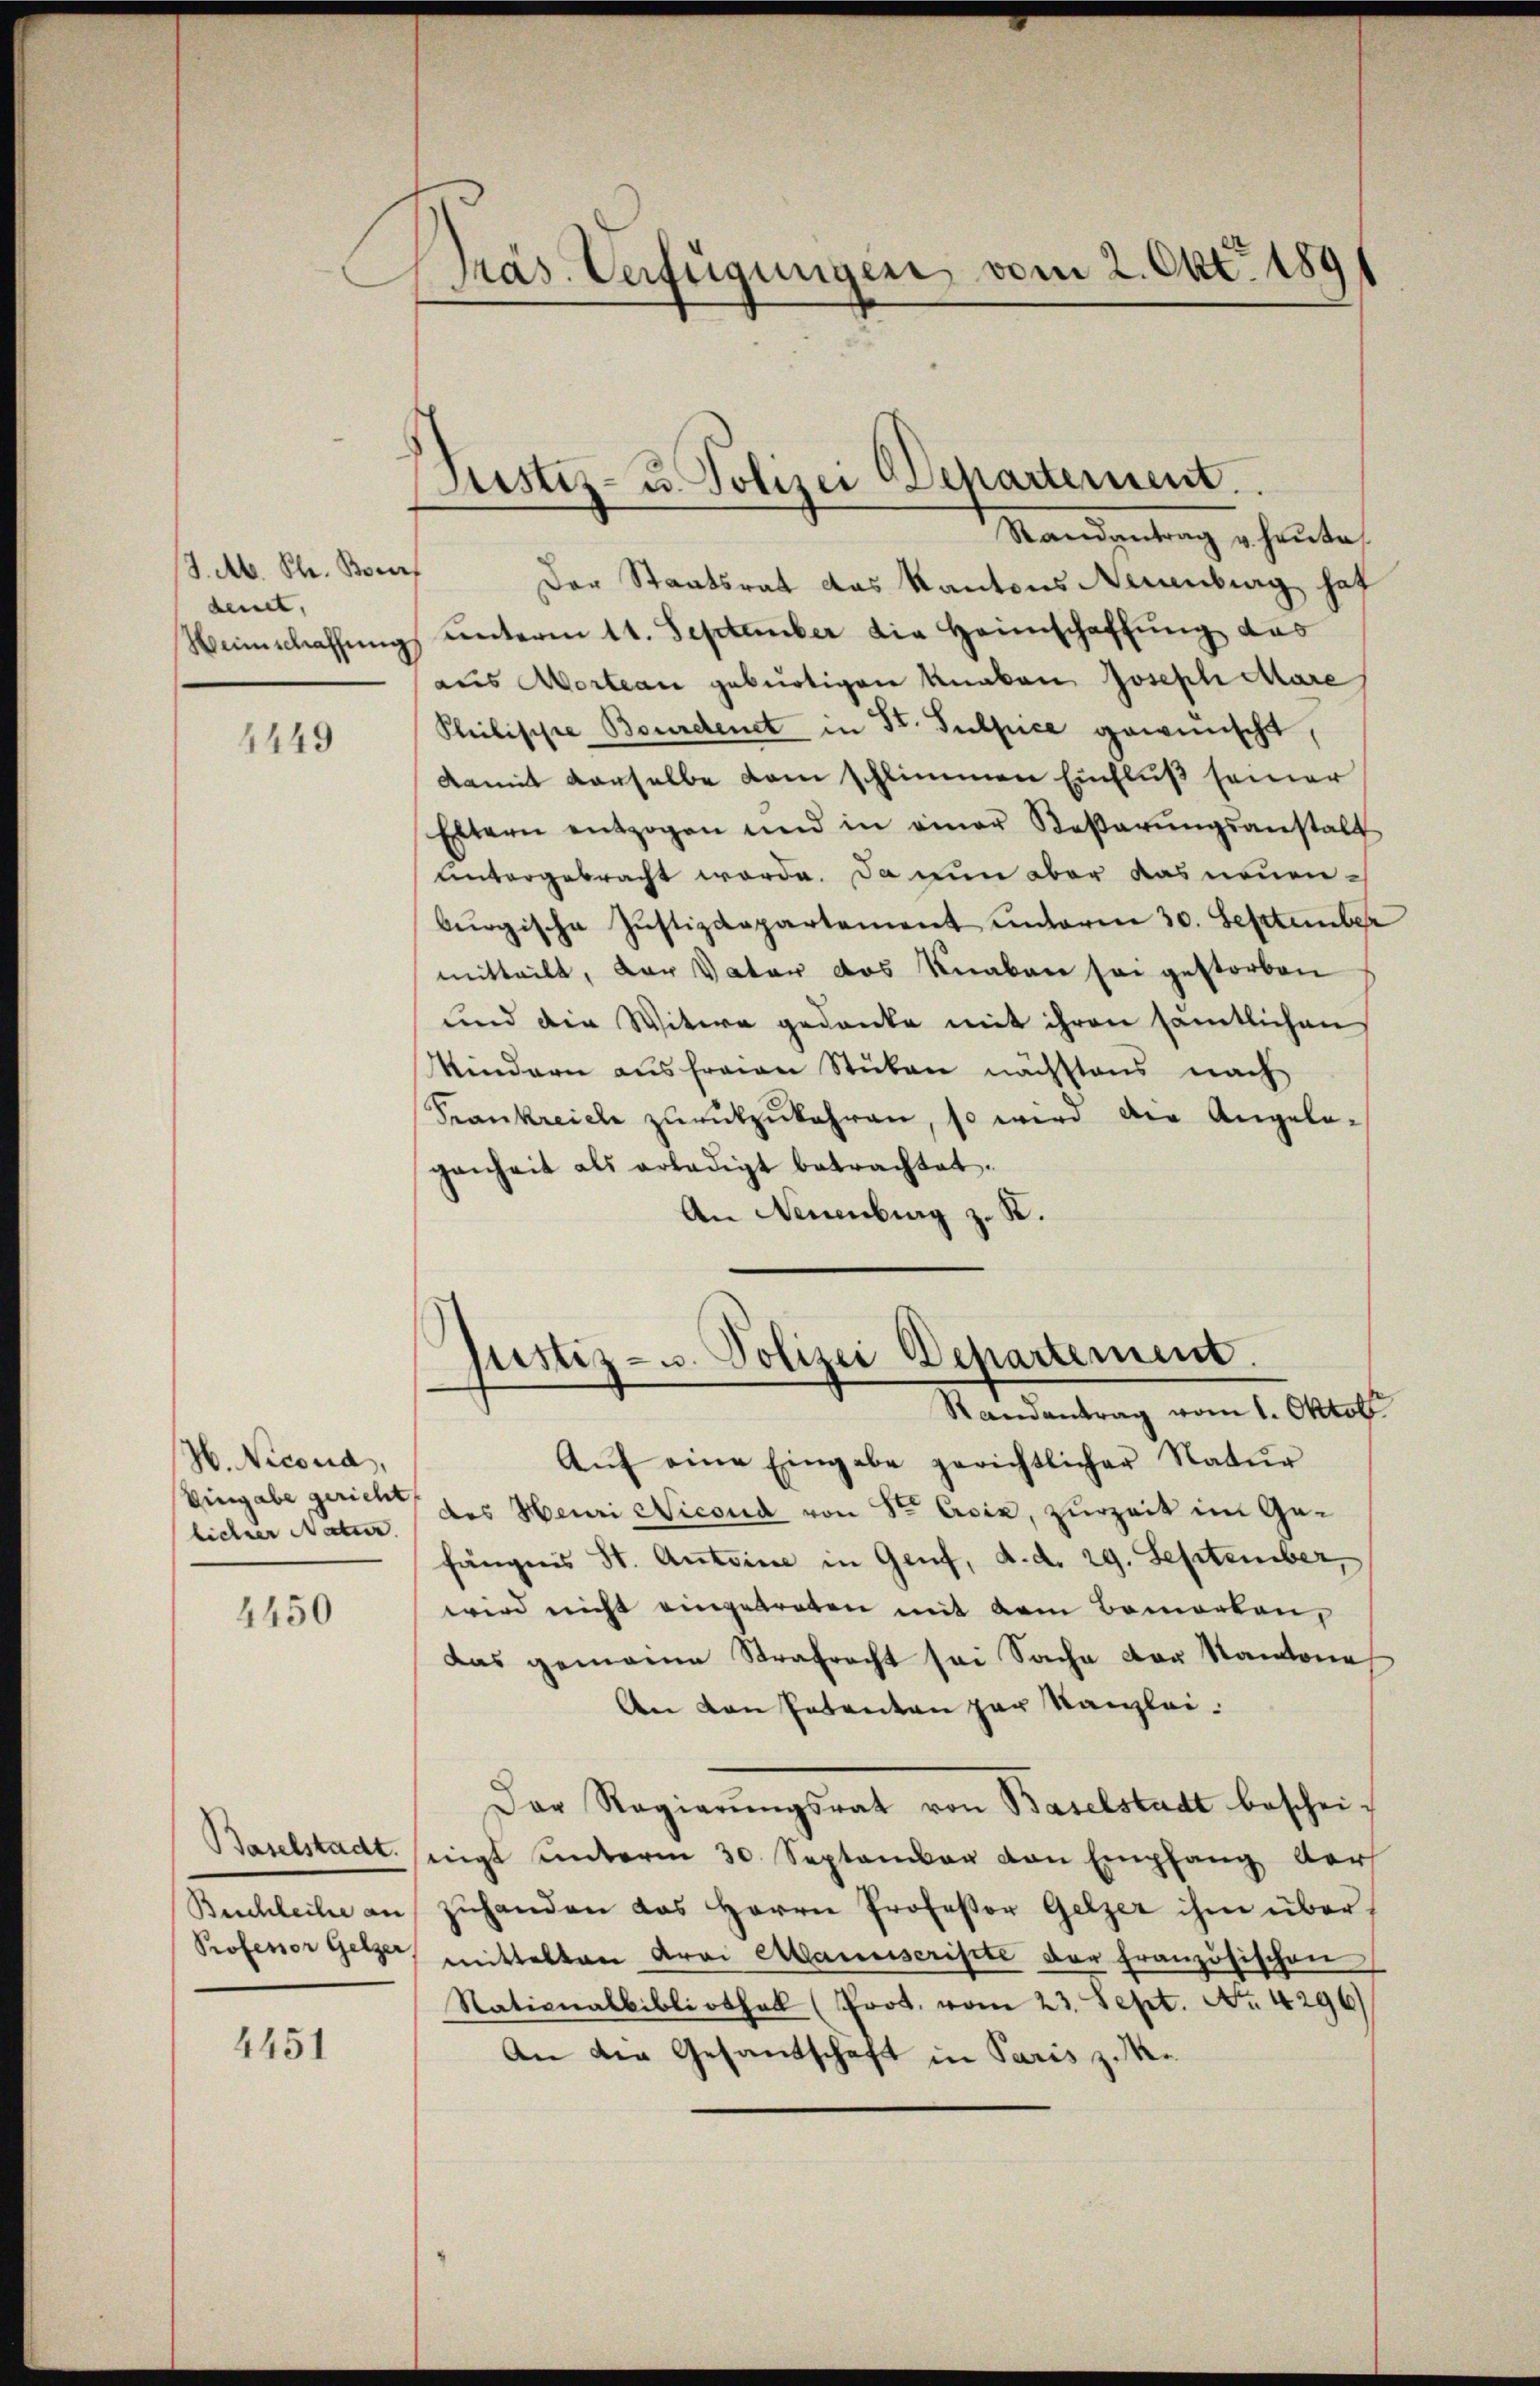
(3. Ab. St. Brief
dent,
Weinschaffung

4449

H. Nicoud,
Eingabe gericht,
licher Natur.

4450

Buchleihe an
Professor Gelzer,

4451

Präs. Verfügungen vom 2. Okt. 1891

Justiz- u. Polizei Departement.

Standeutung heute,
Der Staatsrat das Kantons Neuenburg haf
 unterm 11. September die Heimschaffung das
aus Mortan gebürtigen Knaben Joseph Mare
Philische Bouretenet in St. Sulpice gewünscht,
damit derselbe kam schlimmen Einfluß seiner
Eltern entzogen und in einer Boβarŭngsanstalt
untergebracht werde. Da nun aber das neuen-
burgische Justizdepartement unterm 30. September
mitteilt, der Vater das Knaben sei gestorben
und die Witwe gedanke mit ihren sämtlichen
Kindern aus freien Stüben nächstens nach
Frankreiche zŭrückzukehren, so wird die Angela-
genheit als erledigt betrachtet.
An Neuenburg z. R.

Justiz- u. Polizei Departement.
Randantrag vom 1. Oktob

Aŭf eine Eingabe gerichtlicher Natŭr
des Heuri Nicond von Stern Asia, zurzeit im Gefängnis St. Antoine in Genf, d. d. 29. September,
wird nicht eingetreten mit dem Bemorten,
das gemeine Strafrecht sei Sache der Kantone
An den Petenten zur Kanzlei-
Der Regierŭngsrat von Baselstadt beschei-
Baselstadt singt unterm 30. September von Empfang der
zŭhanden das Herrn Professor Gelzer ihm übermittelten drei Manuscripte der französischen
Nationalbibliothek (Prot. vom 23. Sept. No. 4296)
An die Gesandschaft in Paris zu¬